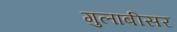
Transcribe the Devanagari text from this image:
गुलाबीसर